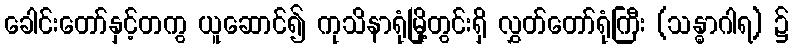
ခေါင်းတော်နှင့်တကွ ယူဆောင်၍ ကုသိနာရုံမြို့တွင်းရှိ လွှတ်တော်ရုံကြီး (သန္ဓာဂါရ) ၌